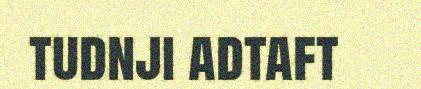
tudnji adtaft